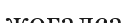
жоғалса